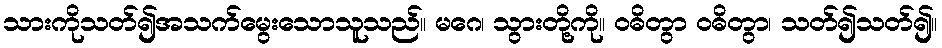
သားကိုသတ်၍အသက်မွေးသောသူသည်။ မဂေ၊ သွားတို့ကို။ ဝဓိတွာ ဝဓိတွာ၊ သတ်၍သတ်၍။